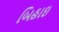
બિહાઇ